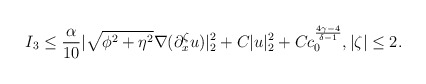
\begin{align*}I_3\leq \frac{\alpha}{10}|\sqrt{\phi^2+\eta^2} \nabla (\partial^\zeta_x u) |^2_2+C|u|^2_2+Cc^{\frac{4\gamma-4}{\delta-1}}_0, |\zeta|\leq 2.\end{align*}